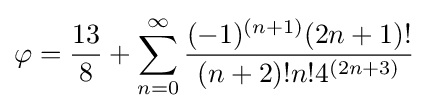
\varphi ={\frac {13}{8}}+\sum _{n=0}^{\infty }{\frac {(-1)^{(n+1)}(2n+1)!}{(n+2)!n!4^{(2n+3)}}}